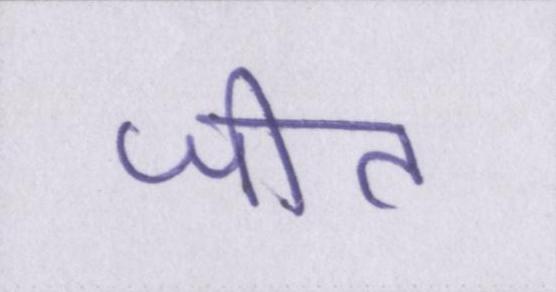
जीत